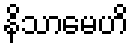
နိသာမေဟိ